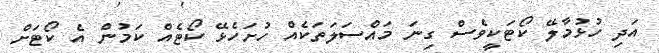
އަދި ހުޅުމާލޭ ކޯޓަކީވެސް ގިނަ މައްސަލަތަކެއް ހުށަހެޅޭ ކޯޓެއް ކަމުން އެ ކޯޓަށް